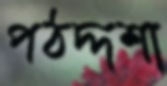
পঠদ্দশা